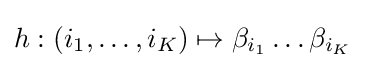
h:(i_{1},\ldots ,i_{K})\mapsto \beta _{i_{1}}\ldots \beta _{i_{K}}